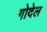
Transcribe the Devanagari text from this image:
गोदेल